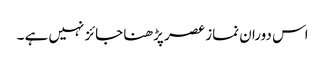
اس دوران نماز عصر پڑھنا جائز نہیں ہے ۔